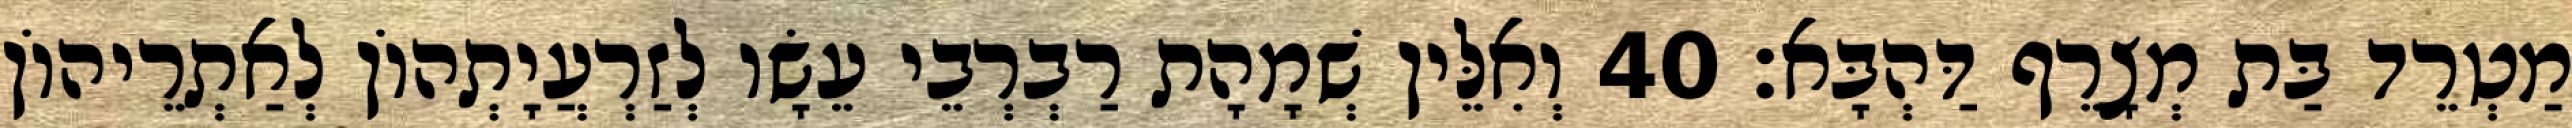
מַטְרֵד בַּת מְצָרֵף דַּהְבָּא׃ 40 וְאִלֵּין שְׁמָהָת רַבְרְבֵי עֵשָׂו לְזַרְעֲיָתְהוֹן לְאַתְרֵיהוֹן